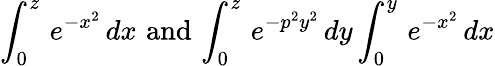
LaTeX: \int_{0}^{z}\, e^{-x^{2}}\, dx\, \, \mathrm{and}\, \int_{0}^{z}\, e^{-p^{2}y^{2}}\, dy\int_{0}^{y}\, e^{-x^{2}}\, dx